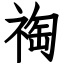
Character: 祹